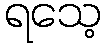
ရသေ့